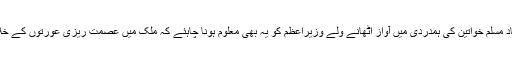
طلاق ثلاثہ پر نام نہاد مسلم خواتین کی ہمدردی میں آواز اُٹھانے ولے وزیراعظم کو یہ بھی معلوم ہونا چاہئے کہ ملک میں عصمت ریزی عورتوں کے خلاف چوتھا جرم ہے ۔